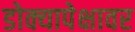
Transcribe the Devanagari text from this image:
डोक्यापेक्षावर